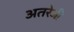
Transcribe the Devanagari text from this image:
अतरेजी